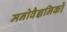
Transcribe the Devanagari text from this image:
मनोवैज्ञनिकों